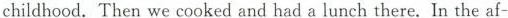
childhood. Then we cooked and had a lunch there. In the af-